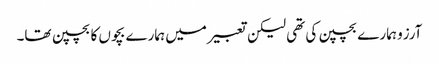
آرزو ہمارے بچپن کی تھی لیکن تعبیر میں ہمارے بچوں کا بچپن تھا۔